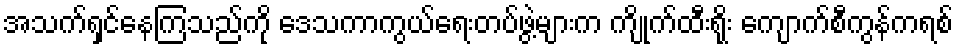
အသက်ရှင်နေကြသည်ကို ဒေသကာကွယ်ရေးတပ်ဖွဲ့များက ကျိုက်ထီးရိုး ကျောက်စီကွန်ကရစ်